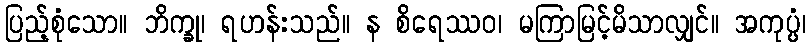
ပြည့်စုံသော။ ဘိက္ခု၊ ရဟန်းသည်။ န စိရေဿဝ၊ မကြာမြင့်မိသာလျှင်။ အကုပ္ပံ၊